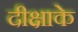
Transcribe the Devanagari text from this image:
दीक्षाके